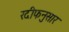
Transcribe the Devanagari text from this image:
रदीफनुसार